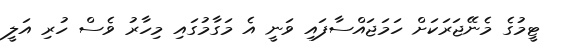
ޓީމުގެ މެނޭޖަރަކަށް ހަމަޖައްސާފައި ވަނީ އެ މަގާމުގައި މިހާރު ވެސް ހުރި އަލީ